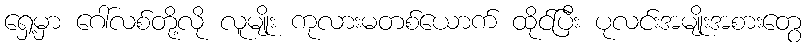
ရှေ့မှာ ဂေါ်လစ်တို့လို လူမျိုး ကုလားမတစ်ယောက် ထိုင်ပြီး ပုလင်းအမျိုးအစားတွေ